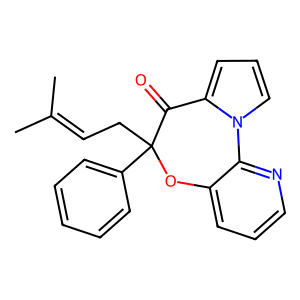
SMILES: CC(C)=CCC1(c2ccccc2)Oc2cccnc2-n2cccc2C1=O
Inhibits HIV replication: No